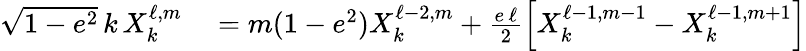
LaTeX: \begin{array}{rl}{\sqrt{1-e^{2}}\, k\, X_{k}^{\ell,m}}&{{}=m(1-e^{2})X_{k}^{\ell-2,m}+\frac{e\, \ell}{2}\left[X_{k}^{\ell-1,m-1}-X_{k}^{\ell-1,m+1}\right]}\end{array}